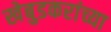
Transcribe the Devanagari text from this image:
खेबुडकरांच्या